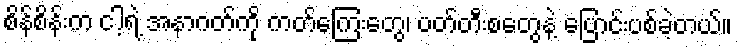
စိန်စိန်းက ငါ့ရဲ့ အနာဂတ်ကို ကတ်ကြေးတွေ၊ ပတ်တီးစတွေနဲ့ ပြောင်းပစ်ခဲ့တယ်။